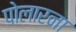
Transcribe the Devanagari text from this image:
पोलारना